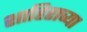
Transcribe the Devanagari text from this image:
शाहिराच्या